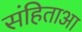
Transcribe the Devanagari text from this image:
संहिताआ